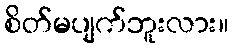
စိတ်မပျက်ဘူးလား။